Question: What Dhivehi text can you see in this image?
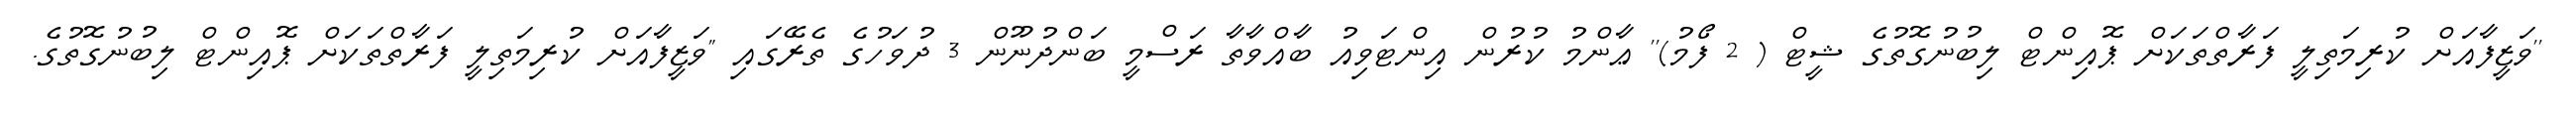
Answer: ''ވަޒީފާއަށް ކުރިމަތިލީ ފަރާތްތަކަށް ޕޮއިންޓް ލިބުނުގޮތުގެ ޝީޓް ( 2 ފޯމު)'' ޢާންމު ކުރުން އިންޓަވިއު ބާއްވާތާ ރަސްމީ ބަންދުނޫން 3 ދުވަހުގެ ތެރޭގައި "ވަޒީފާއަށް ކުރިމަތިލީ ފަރާތްތަކަށް ޕޮއިންޓް ލިބުނުގޮތުގެ.